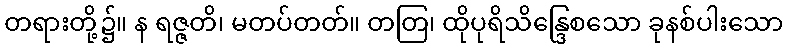
တရားတို့၌။ န ရဇ္ဇတိ၊ မတပ်တတ်။ တတြ၊ ထိုပုရိသိန္ဒြေစသော ခုနစ်ပါးသော